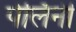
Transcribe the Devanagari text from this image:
पेर्लिनी